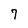
Character: 7